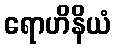
ရောဟိနိယံ